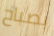
بصباح